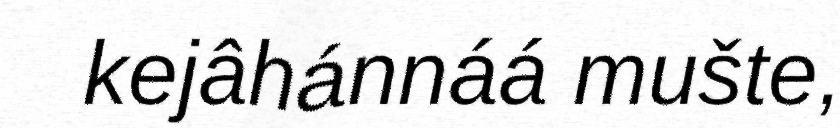
kejâhánnáá mušte,